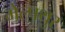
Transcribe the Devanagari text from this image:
मेल्पथुर